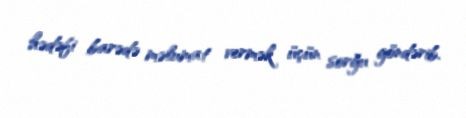
hədəfi barədə məlumat vermək üçün sorğu göndərib.